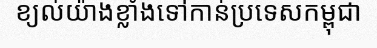
ខ្យល់យ៉ាងខ្លាំងទៅកាន់ប្រទេសកម្ពុជា